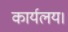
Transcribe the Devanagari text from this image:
कार्यलय।